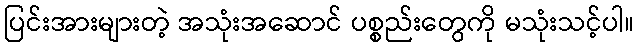
ပြင်းအားများတဲ့ အသုံးအဆောင် ပစ္စည်းတွေကို မသုံးသင့်ပါ။